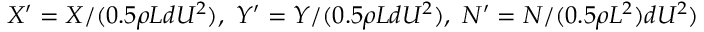
X ^ { \prime } = X / ( 0 . 5 \rho L d U ^ { 2 } ) , ~ Y ^ { \prime } = Y / ( 0 . 5 \rho L d U ^ { 2 } ) , ~ N ^ { \prime } = N / ( 0 . 5 \rho L ^ { 2 } ) d U ^ { 2 } )